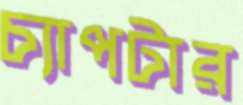
চ্যাপটার